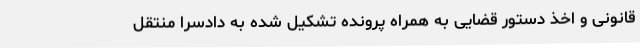
قانونی و اخذ دستور قضایی به همراه پرونده تشکیل شده به دادسرا منتقل